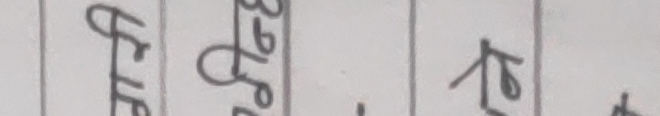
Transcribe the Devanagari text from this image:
फ्रि बले टे